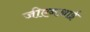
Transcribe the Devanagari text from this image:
जीएनआई